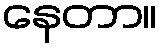
နေတာ။